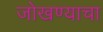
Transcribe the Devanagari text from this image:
जोखण्याचा